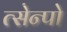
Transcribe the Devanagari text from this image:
त्सेन्पो